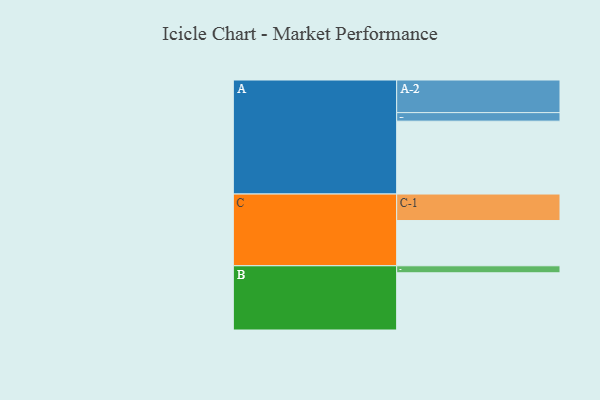
{"axis": {"x": "Segment", "y": "Value"}, "legend": ["", "A", "B", "C"], "data": [{"x": "A", "y": 572, "type": ""}, {"x": "B", "y": 449, "type": ""}, {"x": "C", "y": 355, "type": ""}, {"x": "A-1", "y": 67, "type": "A"}, {"x": "A-2", "y": 256, "type": "A"}, {"x": "B-1", "y": 55, "type": "B"}, {"x": "C-1", "y": 208, "type": "C"}]}